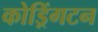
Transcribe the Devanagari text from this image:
कोड्रिंगटन